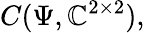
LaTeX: C(\Psi,\mathbb{C}^{2\times 2}),